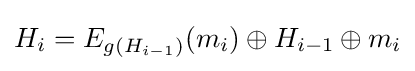
H_{i}=E_{g(H_{i-1})}(m_{i})\oplus H_{i-1}\oplus m_{i}